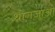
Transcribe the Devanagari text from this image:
थोगजाओ